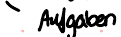
Aufgaben